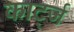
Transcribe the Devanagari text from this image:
कार्ट्ज